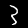
Label: 3